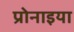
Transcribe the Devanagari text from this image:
प्रोनाइया